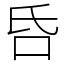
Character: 𠯑